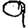
Digit: 9